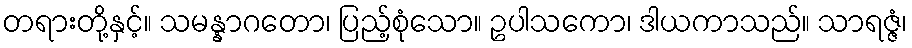
တရားတို့နှင့်။ သမန္နာဂတော၊ ပြည့်စုံသော။ ဥပါသကော၊ ဒါယကာသည်။ သာရဇ္ဇံ၊